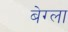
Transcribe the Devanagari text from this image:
बेग्ला